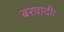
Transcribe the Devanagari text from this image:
बरवादी।